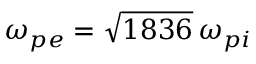
\omega _ { p e } = \sqrt { 1 8 3 6 } \, \omega _ { p i }